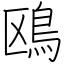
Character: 鴎